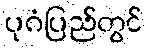
ပုဂံပြည်တွင်